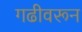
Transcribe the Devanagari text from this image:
गढीवरून